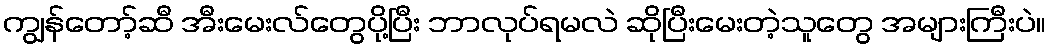
ကျွန်တော့်ဆီ အီးမေးလ်တွေပို့ပြီး ဘာလုပ်ရမလဲ ဆိုပြီးမေးတဲ့သူတွေ အများကြီးပဲ။